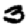
Digit: 3